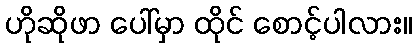
ဟိုဆိုဖာ ပေါ်မှာ ထိုင် စောင့်ပါလား။